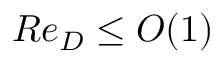
R e _ { D } \le O ( 1 )